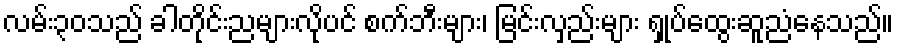
လမ်း၃၀သည် ခါတိုင်းညများလိုပင် စက်ဘီးများ၊ မြင်းလှည်းများ ရှုပ်ထွေးဆူညံနေသည်။